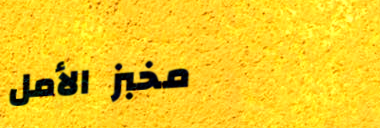
مخبز الأمل